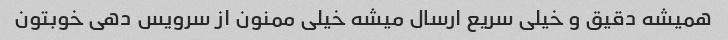
همیشه دقیق و خیلی سریع ارسال میشه خیلی ممنون از سرویس دهی خوبتون